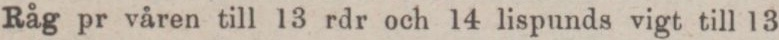
Råg pr våren till 13 rdr och 14 lispunds vigt till 13